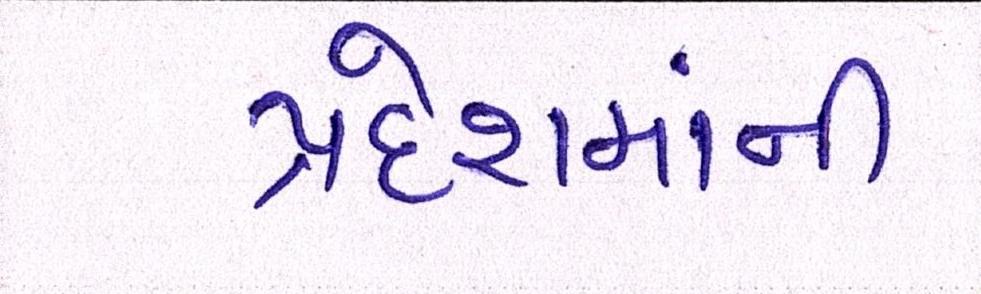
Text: પ્રદેશમાંની